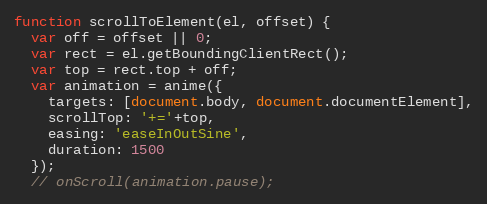
Language: JavaScript
function scrollToElement(el, offset) {
  var off = offset || 0;
  var rect = el.getBoundingClientRect();
  var top = rect.top + off;
  var animation = anime({
    targets: [document.body, document.documentElement],
    scrollTop: '+='+top,
    easing: 'easeInOutSine',
    duration: 1500
  });
  // onScroll(animation.pause);